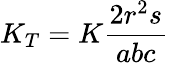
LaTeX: K_{T}=K{\frac{2r^{2}s}{abc}}